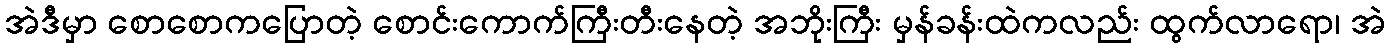
အဲဒီမှာ စောစောကပြောတဲ့ စောင်းကောက်ကြီးတီးနေတဲ့ အဘိုးကြီး မှန်ခန်းထဲကလည်း ထွက်လာရော၊ အဲ